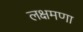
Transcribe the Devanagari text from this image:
लक्षमणा